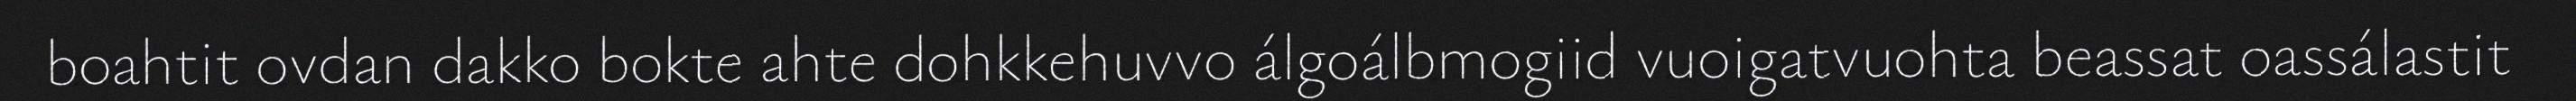
boahtit ovdan dakko bokte ahte dohkkehuvvo álgoálbmogiid vuoigatvuohta beassat oassálastit